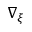
\nabla _ { \xi }